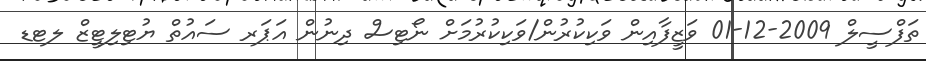
ތަފްސީލް 2009-12-01 ވަޒީފާއިން ވަކިކުރުން/ވަކިކުރުމަށް ނޯޓިސް ދިނުން އަޕަރ ސައުތް ޔުޓިލިޓީޒް ލޓޑ